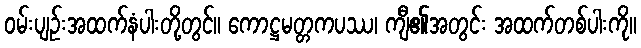
ဝမ်းပျဉ်းအထက်နံပါးတို့တွင်။ ကောဋ္ဌမတ္တကပဿ၊ ကျီ၏အတွင်း အထက်တစ်ပါးကို။